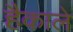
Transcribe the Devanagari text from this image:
हैकाले